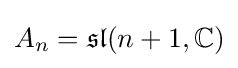
A_{n}={\mathfrak {sl}}(n+1,\mathbb {C} )